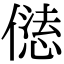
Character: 𠎢